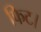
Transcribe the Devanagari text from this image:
फिट।